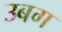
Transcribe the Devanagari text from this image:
उबग